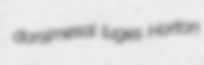
dorsimesal luges Horton